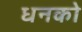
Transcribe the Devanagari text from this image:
धनको